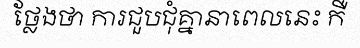
ថ្លែងថា ការជួបជុំគ្នានាពេលនេះ កឺ